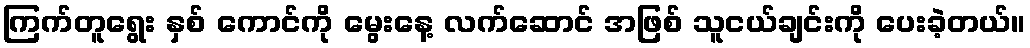
ကြက်တူရွေး နှစ် ကောင်ကို မွေးနေ့ လက်ဆောင် အဖြစ် သူငယ်ချင်းကို ပေးခဲ့တယ်။